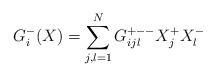
LaTeX: \begin{align*} G_i^{-}( X) = \sum_{j,l=1}^N G_{ijl}^{+--} X_j^+ X_l^-\end{align*}